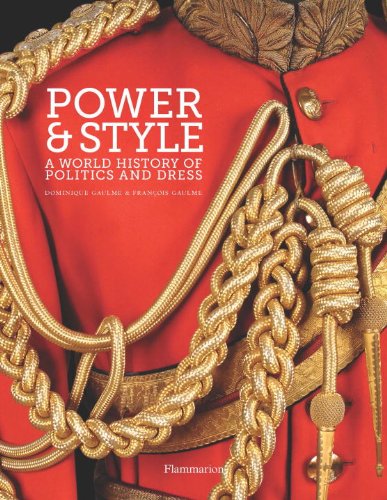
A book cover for Power and Style: A World History of Politics and Dress; Dominique Gaulme; Arts & Photography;